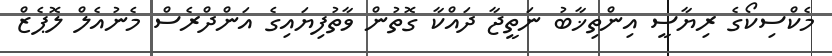
މެކްސިކޯގެ ރިޔާސީ އިންތިޚާބު ނަތީޖާ ދައްކާ ގޮތުން ވާތުފިޔައިގެ އަންދްރެސް މެނުއެލް ލޮޕެޒް